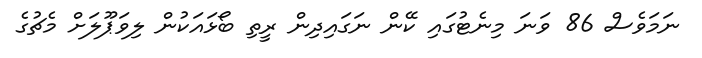
ނަމަވެސް 86 ވަނަ މިނެޓުގައި ކޭން ނަގައިދިން ރީތި ބޯޅައަކުން ލިވަޕޫލަށް މެޗުގެ